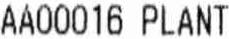
AA00016 PLANT